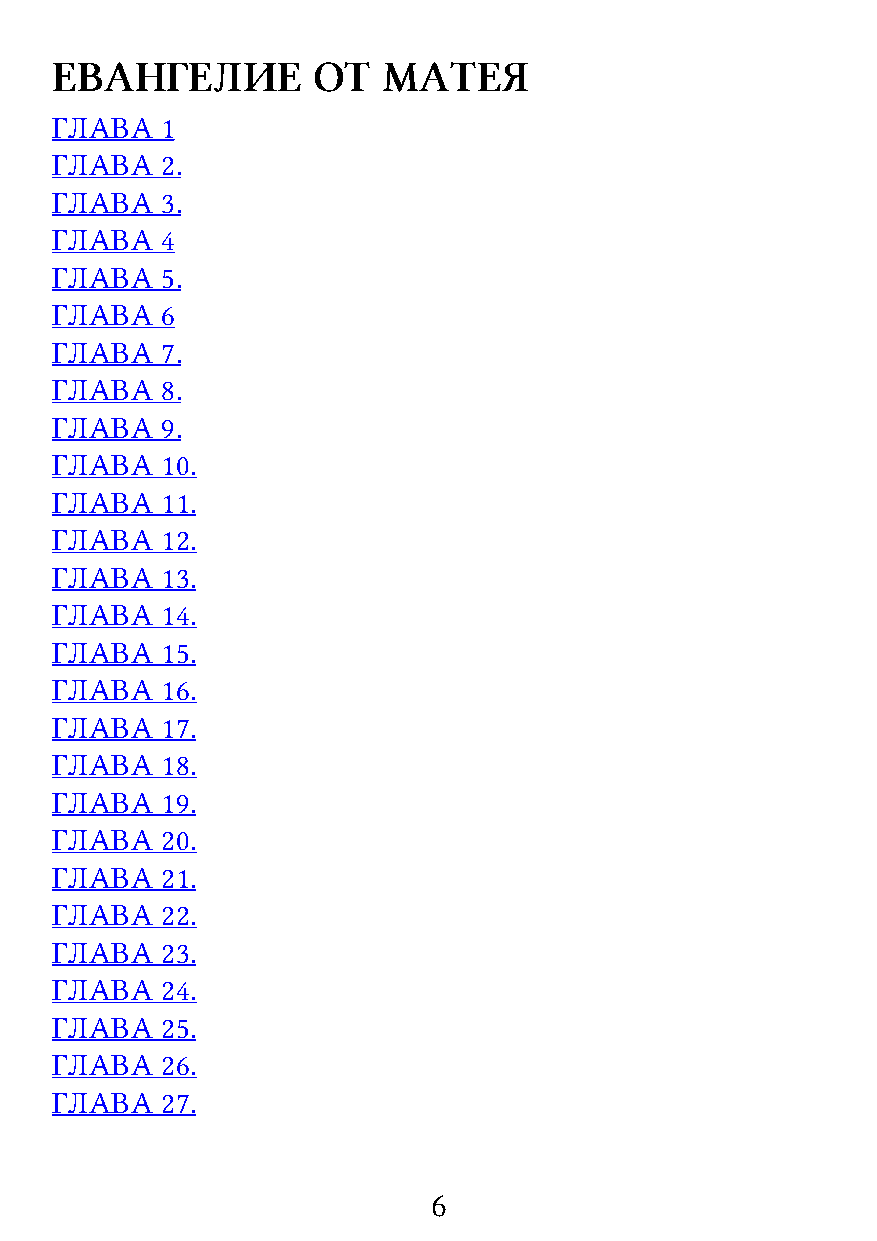
ЕВАНГЕЛИЕ         ОТ  МАТЕЯ
 ГЛАВА   1
 ГЛАВА   2.
 ГЛАВА   3.
 ГЛАВА   4
 ГЛАВА   5.
 ГЛАВА   6
 ГЛАВА   7.
 ГЛАВА   8.
 ГЛАВА   9.
 ГЛАВА   10.
 ГЛАВА   11.
 ГЛАВА   12.
 ГЛАВА   13.
 ГЛАВА   14.
 ГЛАВА   15.
 ГЛАВА   16.
 ГЛАВА   17.
 ГЛАВА   18.
 ГЛАВА   19.
 ГЛАВА   20.
 ГЛАВА   21.
 ГЛАВА   22.
 ГЛАВА   23.
 ГЛАВА   24.
 ГЛАВА   25.
 ГЛАВА   26.
 ГЛАВА   27.
 6